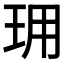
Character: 𤤪